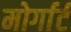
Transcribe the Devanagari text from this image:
मोर्गार्ट